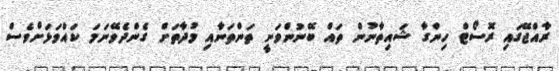
ރާއްޖޭގައި ރޮސޯޓް ހިންގާ ޝައިތާނުން ތައް ބޭނުންވަނީ ތަންތަނާއި މުދާތަށް ގެންދެވޭނަމަ ކައްވަޅަށްވެސް